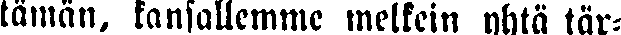
tämän, kansallemme melkein yhtä tär-